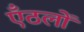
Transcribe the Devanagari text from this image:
एँठलों